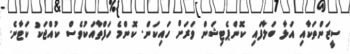
ސީޒަންތަކާއި އަޅާ ބަލާފައި ކޮންޕެޓިޝަން ވަރަށް ހައިކަން. ކޮންމެ ހަފްތާއަކުވެސް ކުއްޖަކު ކަޓާނެ.